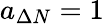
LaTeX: a_{\Delta N}=1